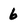
Character: 6